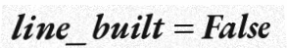
line_built = False